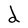
Character: d